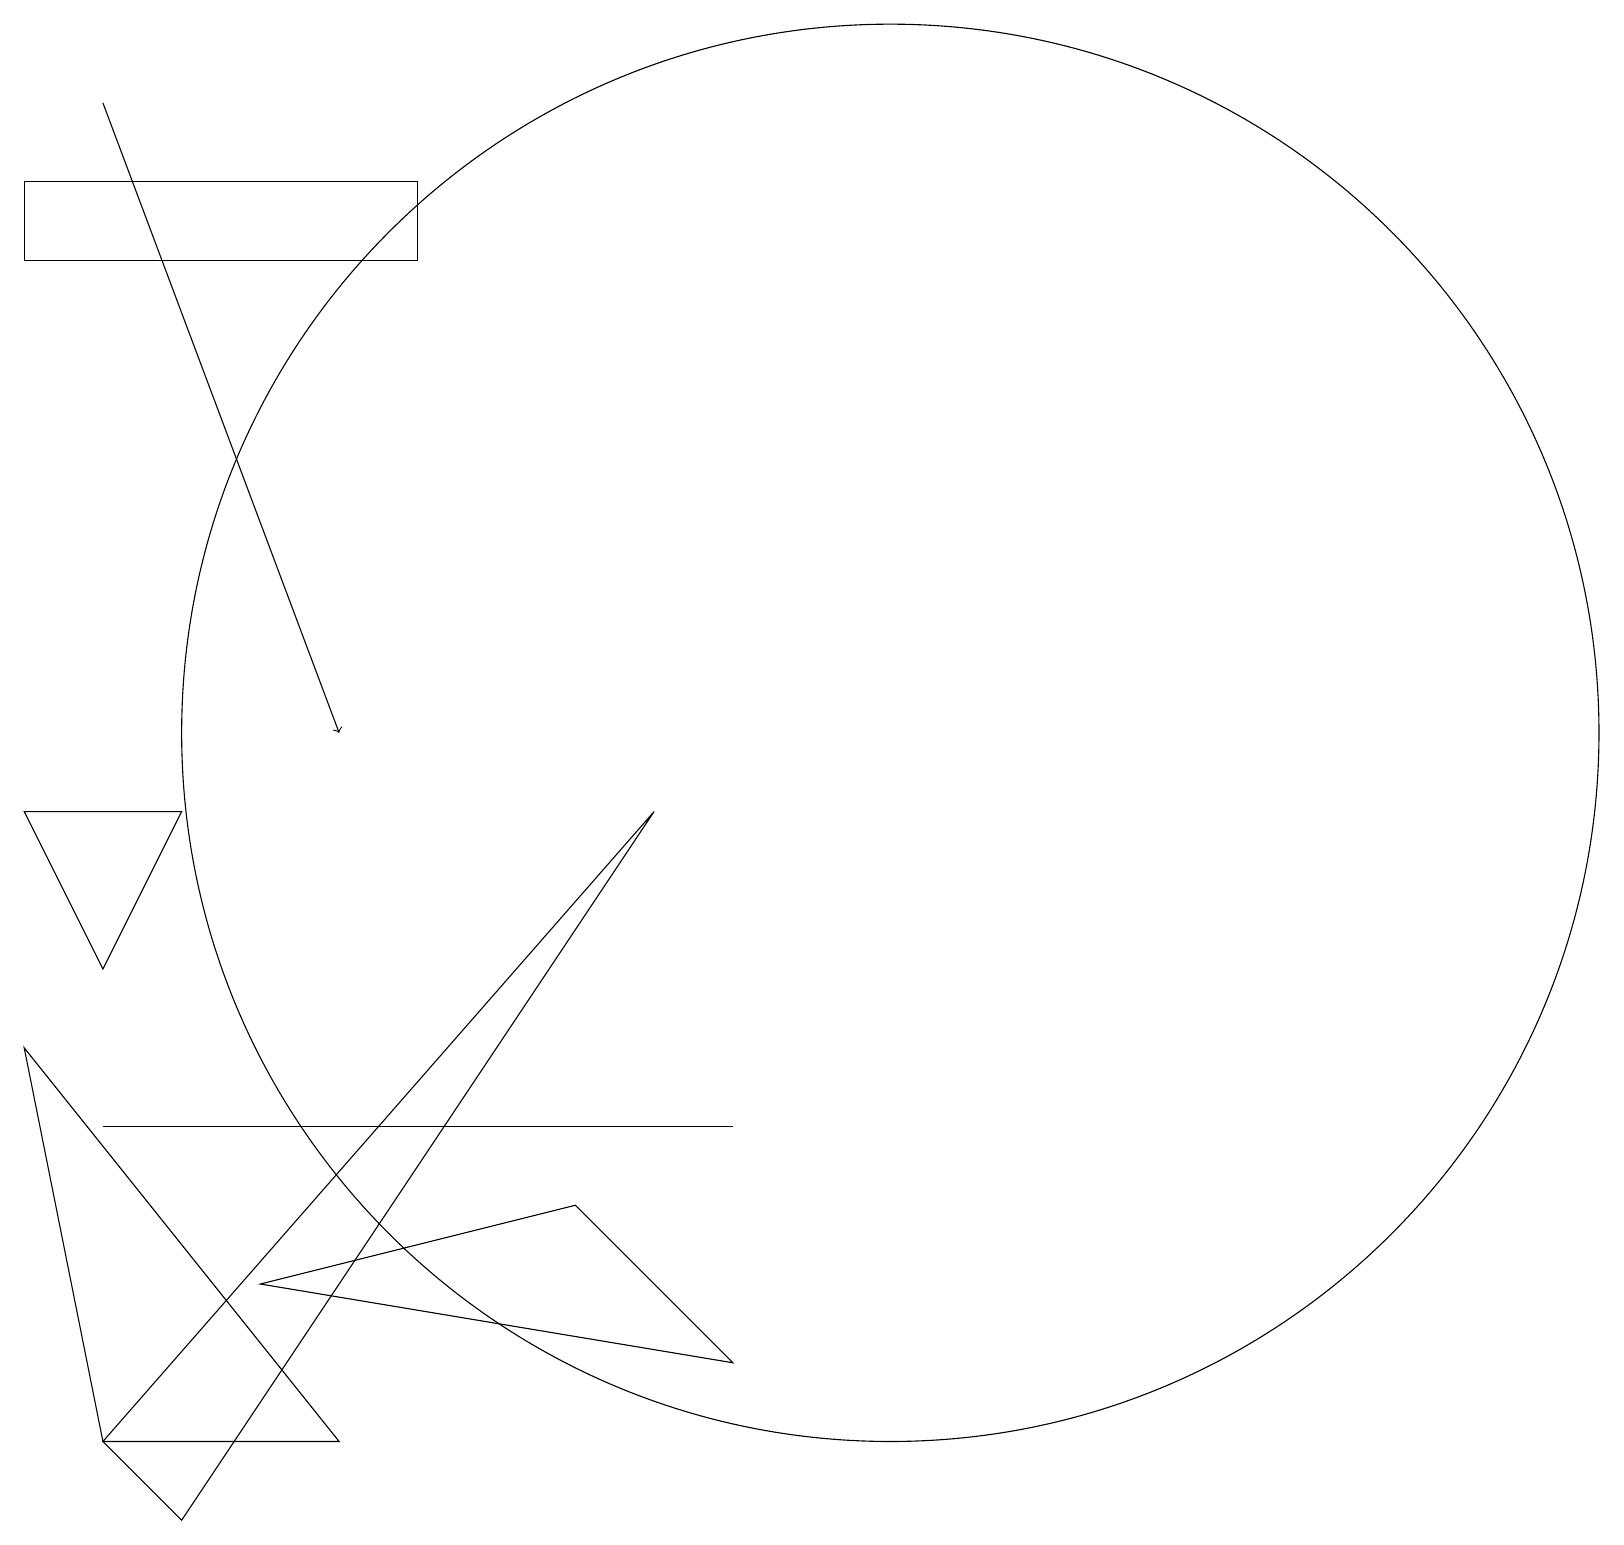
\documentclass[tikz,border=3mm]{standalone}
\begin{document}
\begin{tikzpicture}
\draw[->] (1,18) -- (4,10);
\draw (1,7) -- (2,9) -- (0,9) -- cycle;
\draw (8,9) -- (1,1) -- (2,0) -- cycle;
\draw (11,10) circle (9);
\draw (9,2) -- (3,3) -- (7,4) -- cycle;
\draw (3,5) -- (1,5) -- (9,5) -- cycle;
\draw (0,6) -- (4,1) -- (1,1) -- cycle;
\draw (5,16) rectangle (0,17);
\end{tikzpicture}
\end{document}